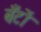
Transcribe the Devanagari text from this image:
बँटों